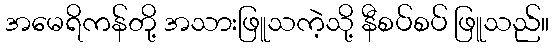
အမေရိကန်တို့ အသားဖြူသကဲ့သို့ နီစပ်စပ် ဖြူသည်။